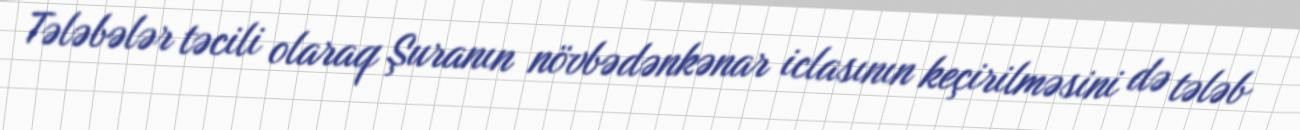
Tələbələr təcili olaraq Şuranın növbədənkənar iclasının keçirilməsini də tələb